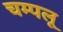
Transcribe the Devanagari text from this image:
चम्पलू